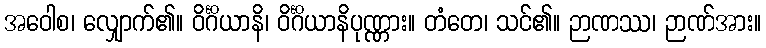
အဝေါစ၊ လျှောက်၏။ ဝိင်္ဂိယာနိ၊ ဝိင်္ဂိယာနိပုဏ္ဏား။ တံတေ၊ သင်၏။ ဉာဏဿ၊ ဉာဏ်အား။